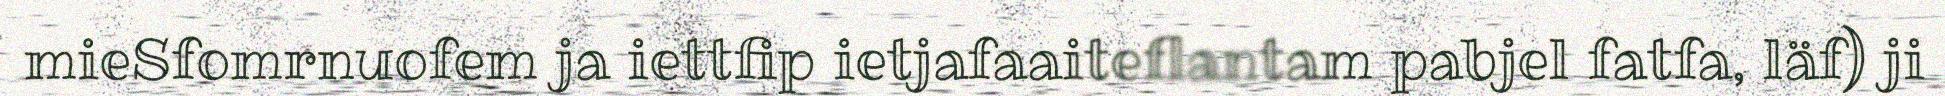
mieSfomrnuofem ja iettfip ietjafaaiteflantam pabjel fatfa, läf) ji